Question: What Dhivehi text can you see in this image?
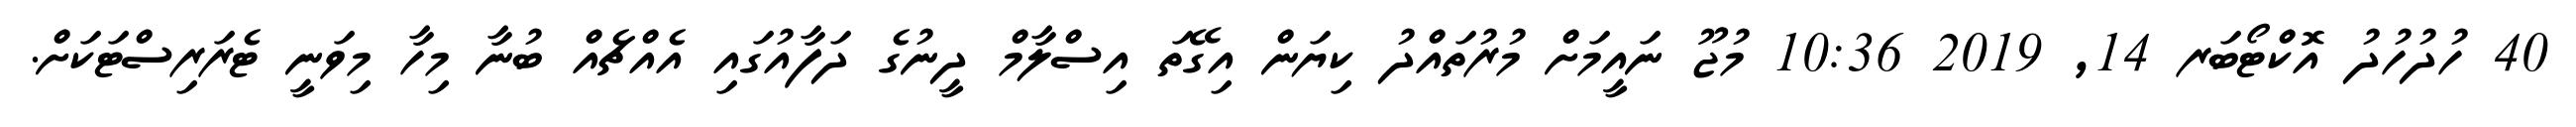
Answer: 40 ހުދުހުދު އޮކްޓޯބަރ 14, 2019 10:36 މުޖޫ ނައީމަށް މުރުތައްދު ކިޔަން އިގޭތަ އިސްލާމް ދީނުގެ ދަފާއުގައި އެއްޗެއް ބުނާ މިހާ މިވަނީ ޓެރަރިސްޓަކަށް.